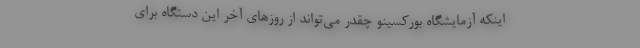
اینکه آزمایشگاه بورکسینو چقدر می‌تواند از روزهای آخر این دستگاه برای